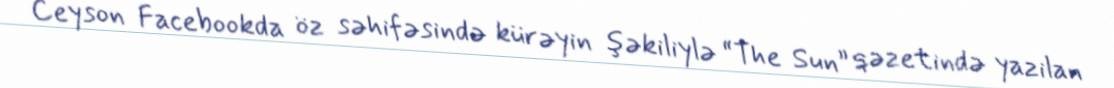
Ceyson Facebookda öz səhifəsində kürəyin şəkiliylə “The Sun” qəzetində yazilan